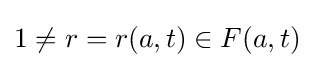
1\neq r=r(a,t)\in F(a,t)